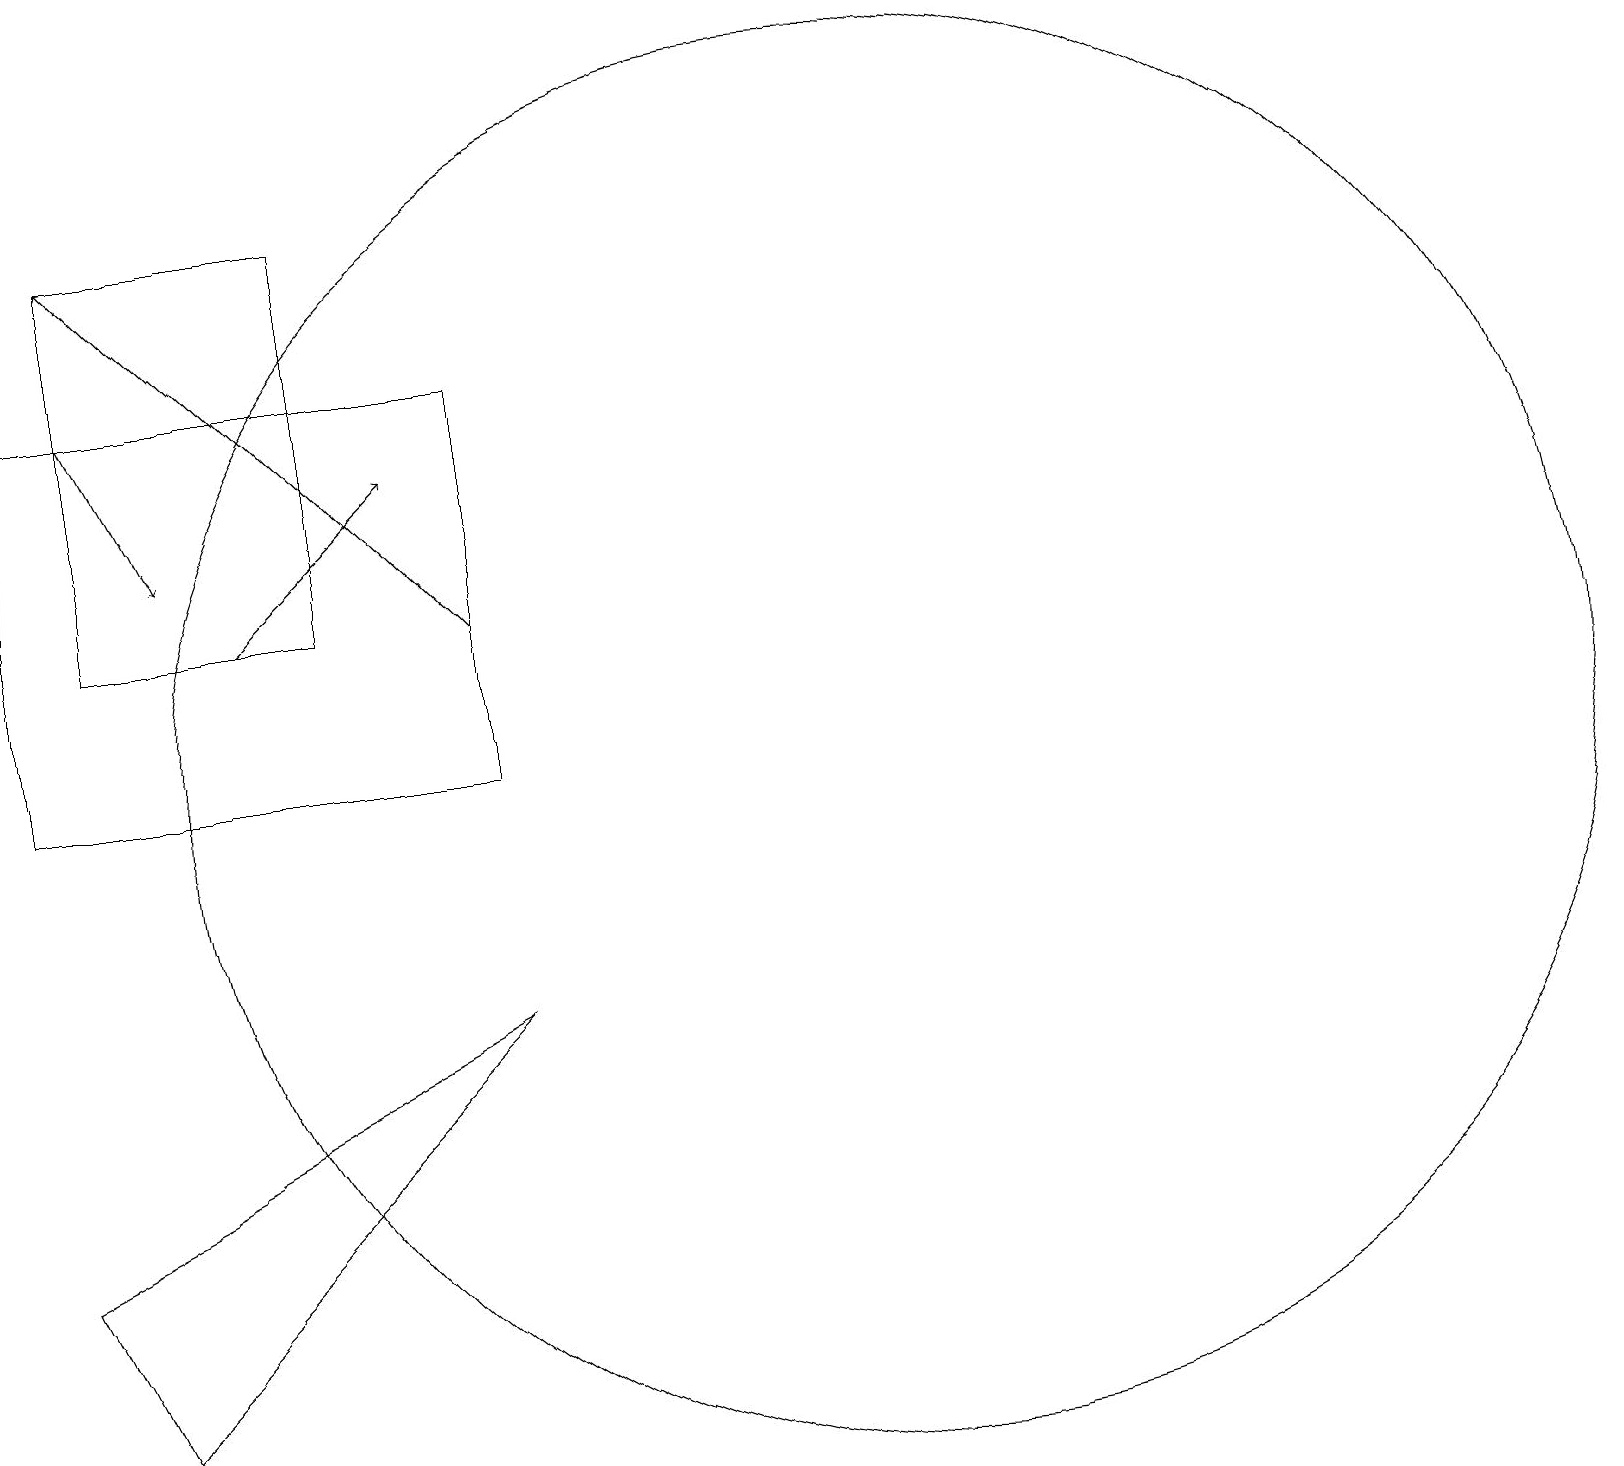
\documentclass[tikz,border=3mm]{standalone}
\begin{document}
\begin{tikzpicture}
\draw (12,10) circle (9);
\draw[->] (2,15) -- (3,13);
\draw[->] (4,12) -- (6,14);
\draw[->] (7,12) -- (2,17);
\draw (1,4) -- (2,2) -- (7,7) -- cycle;
\draw (2,12) rectangle (5,17);
\draw (7,15) rectangle (1,10);
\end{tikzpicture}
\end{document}